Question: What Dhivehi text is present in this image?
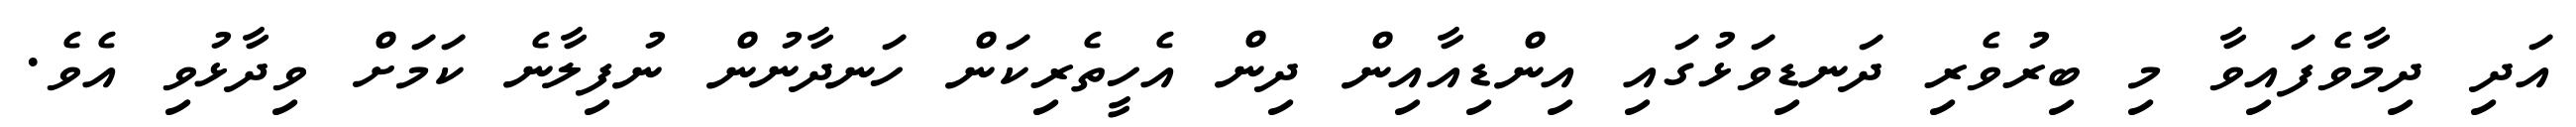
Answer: އަދި ދިމާވެފައިވާ މި ބިރުވެރި ދަނޑިވަޅުގައި އިންޑިއާއިން ދިން އެހީތެރިކަން ހަނދާނުން ނުފިލާނެ ކަމަށް ވިދާޅުވި އެވެ.